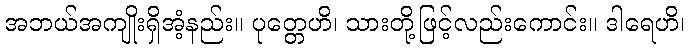
အဘယ်အကျိုးရှိအံ့နည်း။ ပုတ္တေဟိ၊ သားတို့ဖြင့်လည်းကောင်း။ ဒါရေဟိ၊